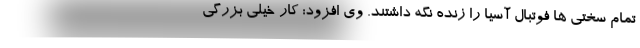
تمام سختی ها فوتبال آسیا را زنده نگه داشتند. وی افزود: کار خیلی بزرگی